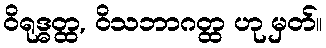
ဝိရုဒ္ဓတ္ထ, ဝိသဘာဂတ္ထ ဟု မှတ်။